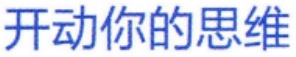
开动你的思维